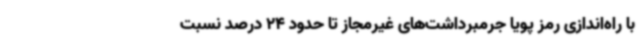
با راه‌اندازی رمز پویا جرمبرداشت‌های غیرمجاز تا حدود 24 درصد نسبت